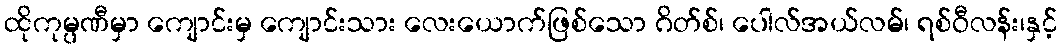
ထိုကုမ္ပဏီမှာ ကျောင်းမှ ကျောင်းသား လေးယောက်ဖြစ်သော ဂိတ်စ်၊ ပေါလ်အယ်လမ်၊ ရစ်ဝီလန်း၊နှင့်